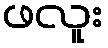
ဖလူး